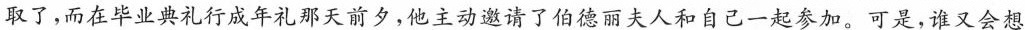
取了，而在毕业典礼行成年礼那天前夕，他主动邀请了伯德丽夫人和自己一起参加。可是，谁又会想